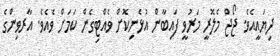
ދިޔައީއެވެ. ޖޯޖް މެލޮރީ މަރުވީ ފައިބާން އުޅެނިކޮށް ވެއްޓިގެން ކަމަށް ވެއެވެ. އާރވިންގެ